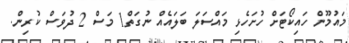
މައުމޫން ހައިކޯޓަށް ހުށަހެޅި މައްސަލަ ބަލައެއް ނުގަތް1 މަސް 2 ދުވަސް ކުރިން.